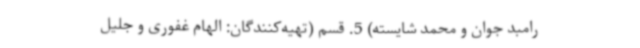
رامبد جوان و محمد شایسته) 5. قسم (تهیه‌کنندگان: الهام غفوری و جلیل